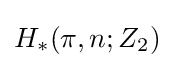
H_{*}(\pi ,n;Z_{2})